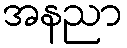
အနညာ